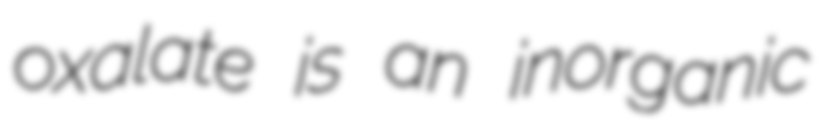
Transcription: oxalate is an inorganic